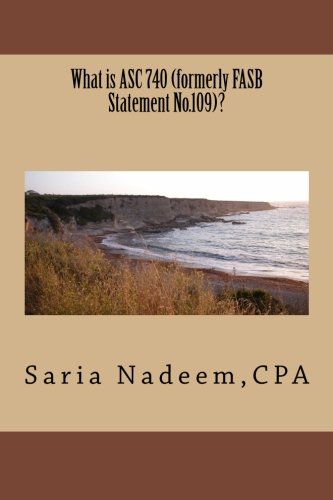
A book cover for What is ASC 740 (formerly FASB Statement No.109)?; Saria Nadeem; Business & Money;